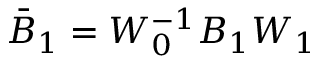
\bar { B } _ { 1 } = W _ { 0 } ^ { - 1 } B _ { 1 } W _ { 1 }